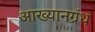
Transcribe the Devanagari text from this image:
आख्यानग्रंथ